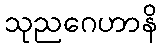
သုညဂေဟာနိ